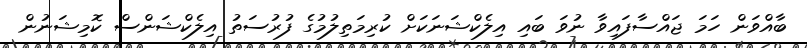
ބާއްވަން ހަމަ ޖައްސާފައިވާ ނުވަ ބައި އިލެކްޝަނަކަށް ކުރިމަތިލުމުގެ ފުރުސަތު އިލެކްޝަންސް ކޮމިޝަނުން